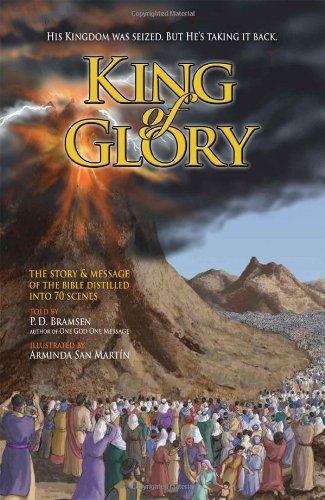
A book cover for King of Glory: The Story & Message of the Bible Distilled into 70 Scenes; P. D. Bramsen; Christian Books & Bibles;